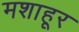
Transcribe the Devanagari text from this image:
मशाहूर